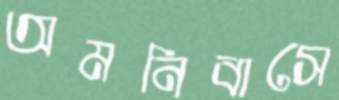
অমনিবাসে